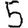
Digit: 5